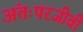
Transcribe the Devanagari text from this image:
अंतःपरजीवी